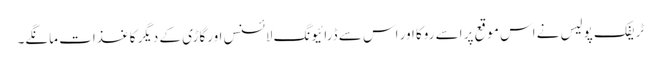
ٹریفک پولیس نے اس موقع پر اسے روکا اور اس سے ڈرائیونگ لائسنس اورگاڑی کے دیگر کاغذات مانگے۔